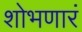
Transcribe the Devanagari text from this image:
शोभणारं